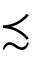
\precsim